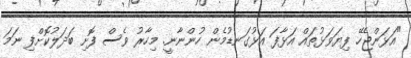
"އަޅަންޖެހޭ ފިޔަވަޅުތައް އަޅާފަ އަޅުގަނޑުމެން ހުންނާނީ. މިހާރު ވެސް ފޮށި ބަދަލުކޮށްފި ނަމަ